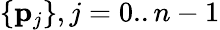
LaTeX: \{ \mathbf{p}_{j}\} ,j=0..n-1